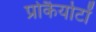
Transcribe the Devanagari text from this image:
प्रोकैर्योटों